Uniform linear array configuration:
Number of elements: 12
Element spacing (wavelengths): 0.25
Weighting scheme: kaiser
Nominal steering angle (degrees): -60
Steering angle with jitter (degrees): -61.685
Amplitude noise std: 0.05
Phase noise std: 0.05

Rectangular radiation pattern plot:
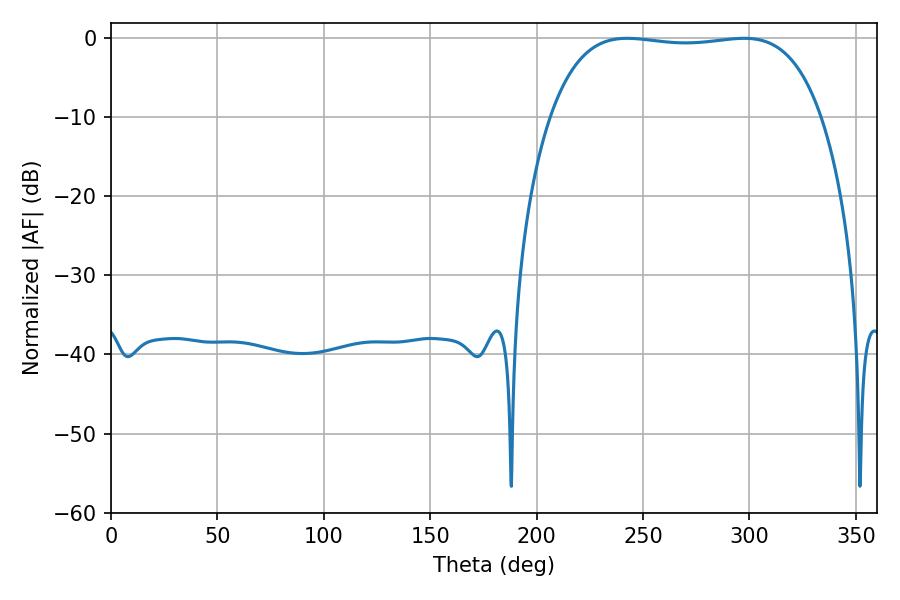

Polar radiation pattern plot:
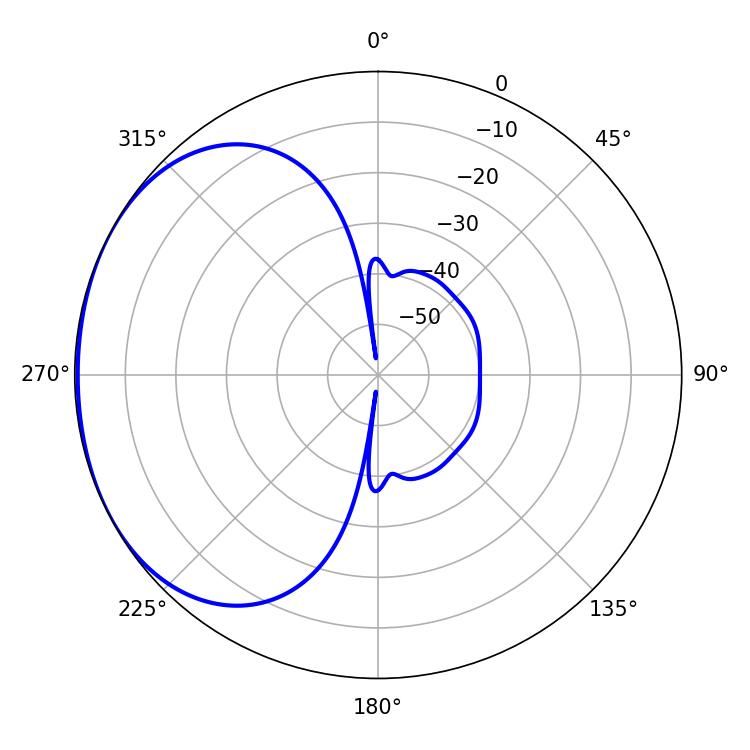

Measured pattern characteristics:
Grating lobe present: FALSE
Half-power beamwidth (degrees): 101.16
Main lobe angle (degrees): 297.54